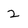
Character: 2